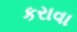
કરાવા